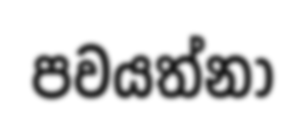
පවයත්නා